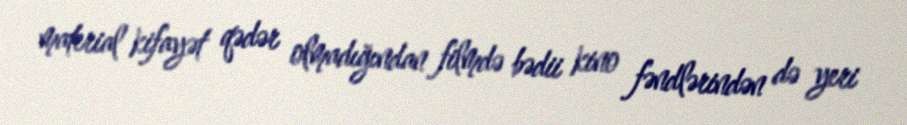
material kifayət qədər olmadığından filmdə bədii kino fəndlərindən də yeri